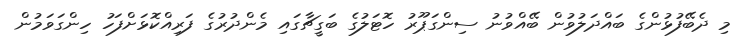
މި ދެބޭފުޅުންގެ ބައްދަލުވުން ބޭއްވުނު ސިންގަޕޫރު ހޮޓަލުގެ ބަގީޗާގައި މެންދުރުގެ ފަރިއްކޮޅަށްފަހު ހިންގަވަމުން